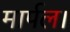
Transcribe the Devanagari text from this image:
मार्पल।